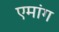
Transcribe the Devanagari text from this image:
एमांग